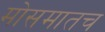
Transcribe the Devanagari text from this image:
मोसमातच